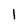
Character: 1